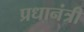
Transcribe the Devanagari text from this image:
प्रधानंत्री